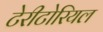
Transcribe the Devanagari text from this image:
टेरीटोरियल